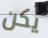
يكن